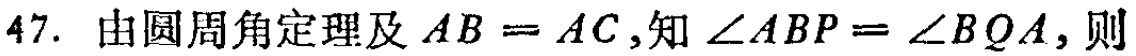
47. 由圆周角定理及 \(AB = AC\),知 \(\angle ABP=\angle BQA\),则